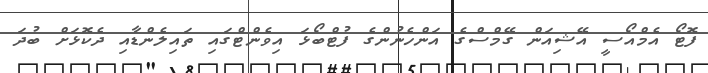
ފޮޓޯ އެމްއޯސީ އޭޝިއަން ގޭމްސްގެ އަންހެނުންގެ ފުޓްބޯޅަ އިވެންޓްގައި ތައިލެންޑާއި ދެކޮޅަށް ބުދަ